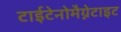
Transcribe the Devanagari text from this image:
टाईटेनोमैग्नेटाइट